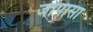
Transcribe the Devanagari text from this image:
जोपासा